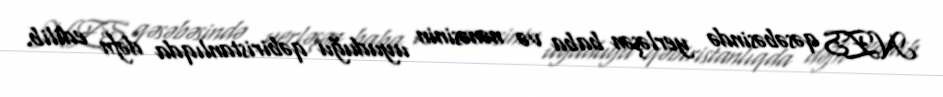
NZS qəsəbəsində yerləşən baba və nənəsinin uyuduğu qəbiristanlıqda dəfn edilib.